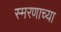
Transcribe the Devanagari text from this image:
स्मरणाच्या